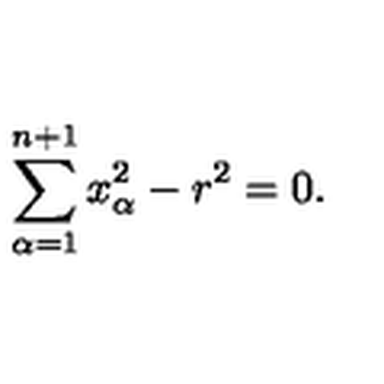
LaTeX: \sum _ { \alpha = 1 } ^ { n + 1 } x _ { \alpha } ^ { 2 } - r ^ { 2 } = 0 .